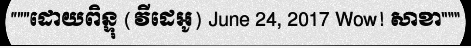
"""ដោយពិន្ទុ (វីដេអូ) June 24, 2017 Wow! សាខា"""